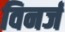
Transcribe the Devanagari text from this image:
विनर्ज